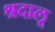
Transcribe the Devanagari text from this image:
श्रदालू